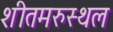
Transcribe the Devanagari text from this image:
शीतमरुस्थल